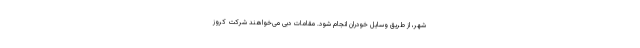
شهر، از طریق وسایل خودران انجام شود. مقامات دبی می‌خواهند شرکت کروز